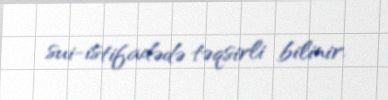
sui-istifadədə təqsirli bilinir.